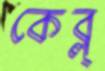
কেব্ল্